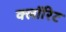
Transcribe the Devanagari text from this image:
क्लॉरिट